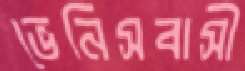
ভেনিসবাসী